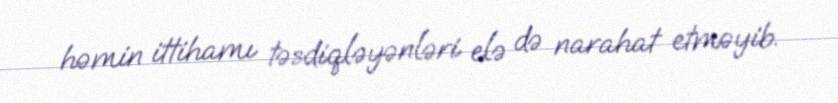
həmin ittihamı təsdiqləyənləri elə də narahat etməyib.